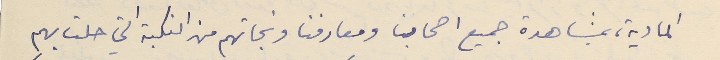
المادية، بمشاهدة جميع اصحابنا ومعارفنا ونجاتهم من النكبة التي حلت بهم